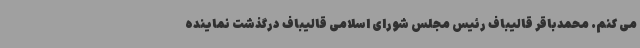
می کنم. محمدباقر قالیباف رئیس مجلس شورای اسلامی قالیباف درگذشت نماینده